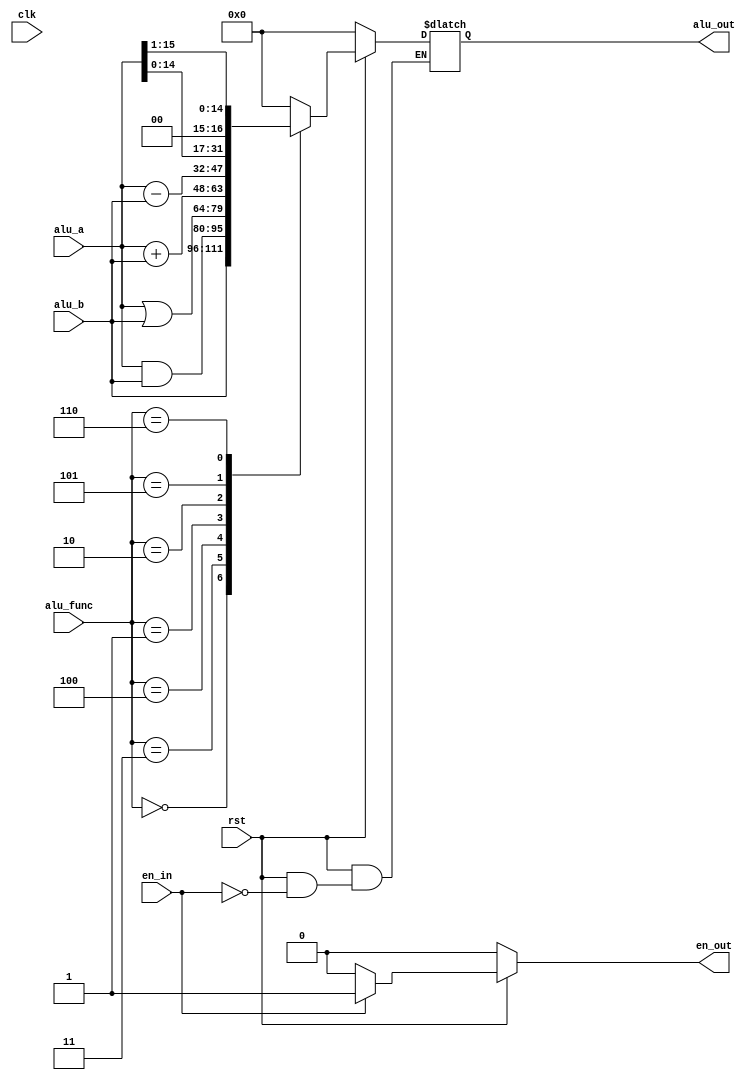
`timescale 1 ns /1 ns

`define B15to0H     3'b000
`define AandBH      3'b011
`define AorBH       3'b100
`define AaddBH      3'b001
`define AsubBH      3'b010
`define leftshift   3'b101
`define rightshift  3'b110

module alu (
	  clk, rst, 
	en_in, alu_a, alu_b, alu_func, en_out, alu_out
);
input [15:0] alu_a, alu_b;
input clk, rst, en_in;
input [2:0] alu_func;
output [15:0] alu_out;
output en_out;
reg [15:0] alu_out;
reg  en_out;

	always @(*) 
	begin
	   if(rst ==1'b0)
			begin
				alu_out = 16'b0000000000000000;
				en_out  = 1'b0;
			end		
				
		else if(en_in == 1'b1)
			begin
				en_out  = 1'b1;
			case (alu_func)
				`B15to0H:alu_out = alu_b;
				`AandBH: alu_out = alu_a & alu_b;
				`AorBH:  alu_out = alu_a | alu_b;
				`AaddBH:  alu_out = alu_a + alu_b ;
				`AsubBH:  alu_out = alu_a - alu_b ;
				`leftshift:  alu_out = alu_a<<1;
				`rightshift:  alu_out = alu_a>>1;
				default: alu_out = 16'b0000000000000000;
			endcase
			end
		else
			en_out = 1'b0;
    end
endmodule